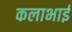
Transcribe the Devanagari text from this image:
कलाभाई